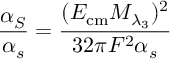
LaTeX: \frac { \alpha _ { S } } { \alpha _ { s } } = \frac { ( E _ { \mathrm { c m } } M _ { \lambda _ { 3 } } ) ^ { 2 } } { 3 2 \pi F ^ { 2 } \alpha _ { s } }